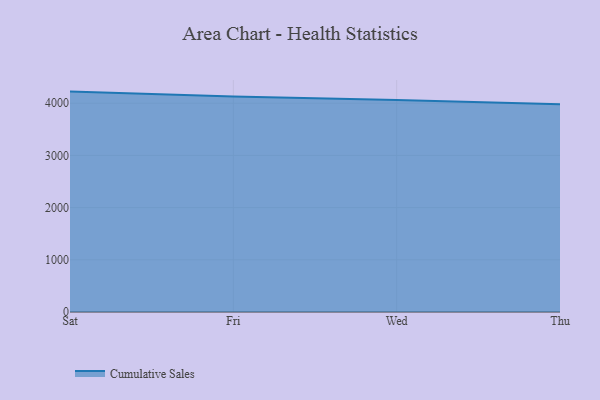
{"axis": {"x": "Day", "y": "Latency (ms)"}, "legend": ["Cumulative Sales"], "data": [{"x": "Sat", "y": 4222.6, "type": "Cumulative Sales"}, {"x": "Fri", "y": 4131.1, "type": "Cumulative Sales"}, {"x": "Wed", "y": 4063.9, "type": "Cumulative Sales"}, {"x": "Thu", "y": 3978.8, "type": "Cumulative Sales"}]}